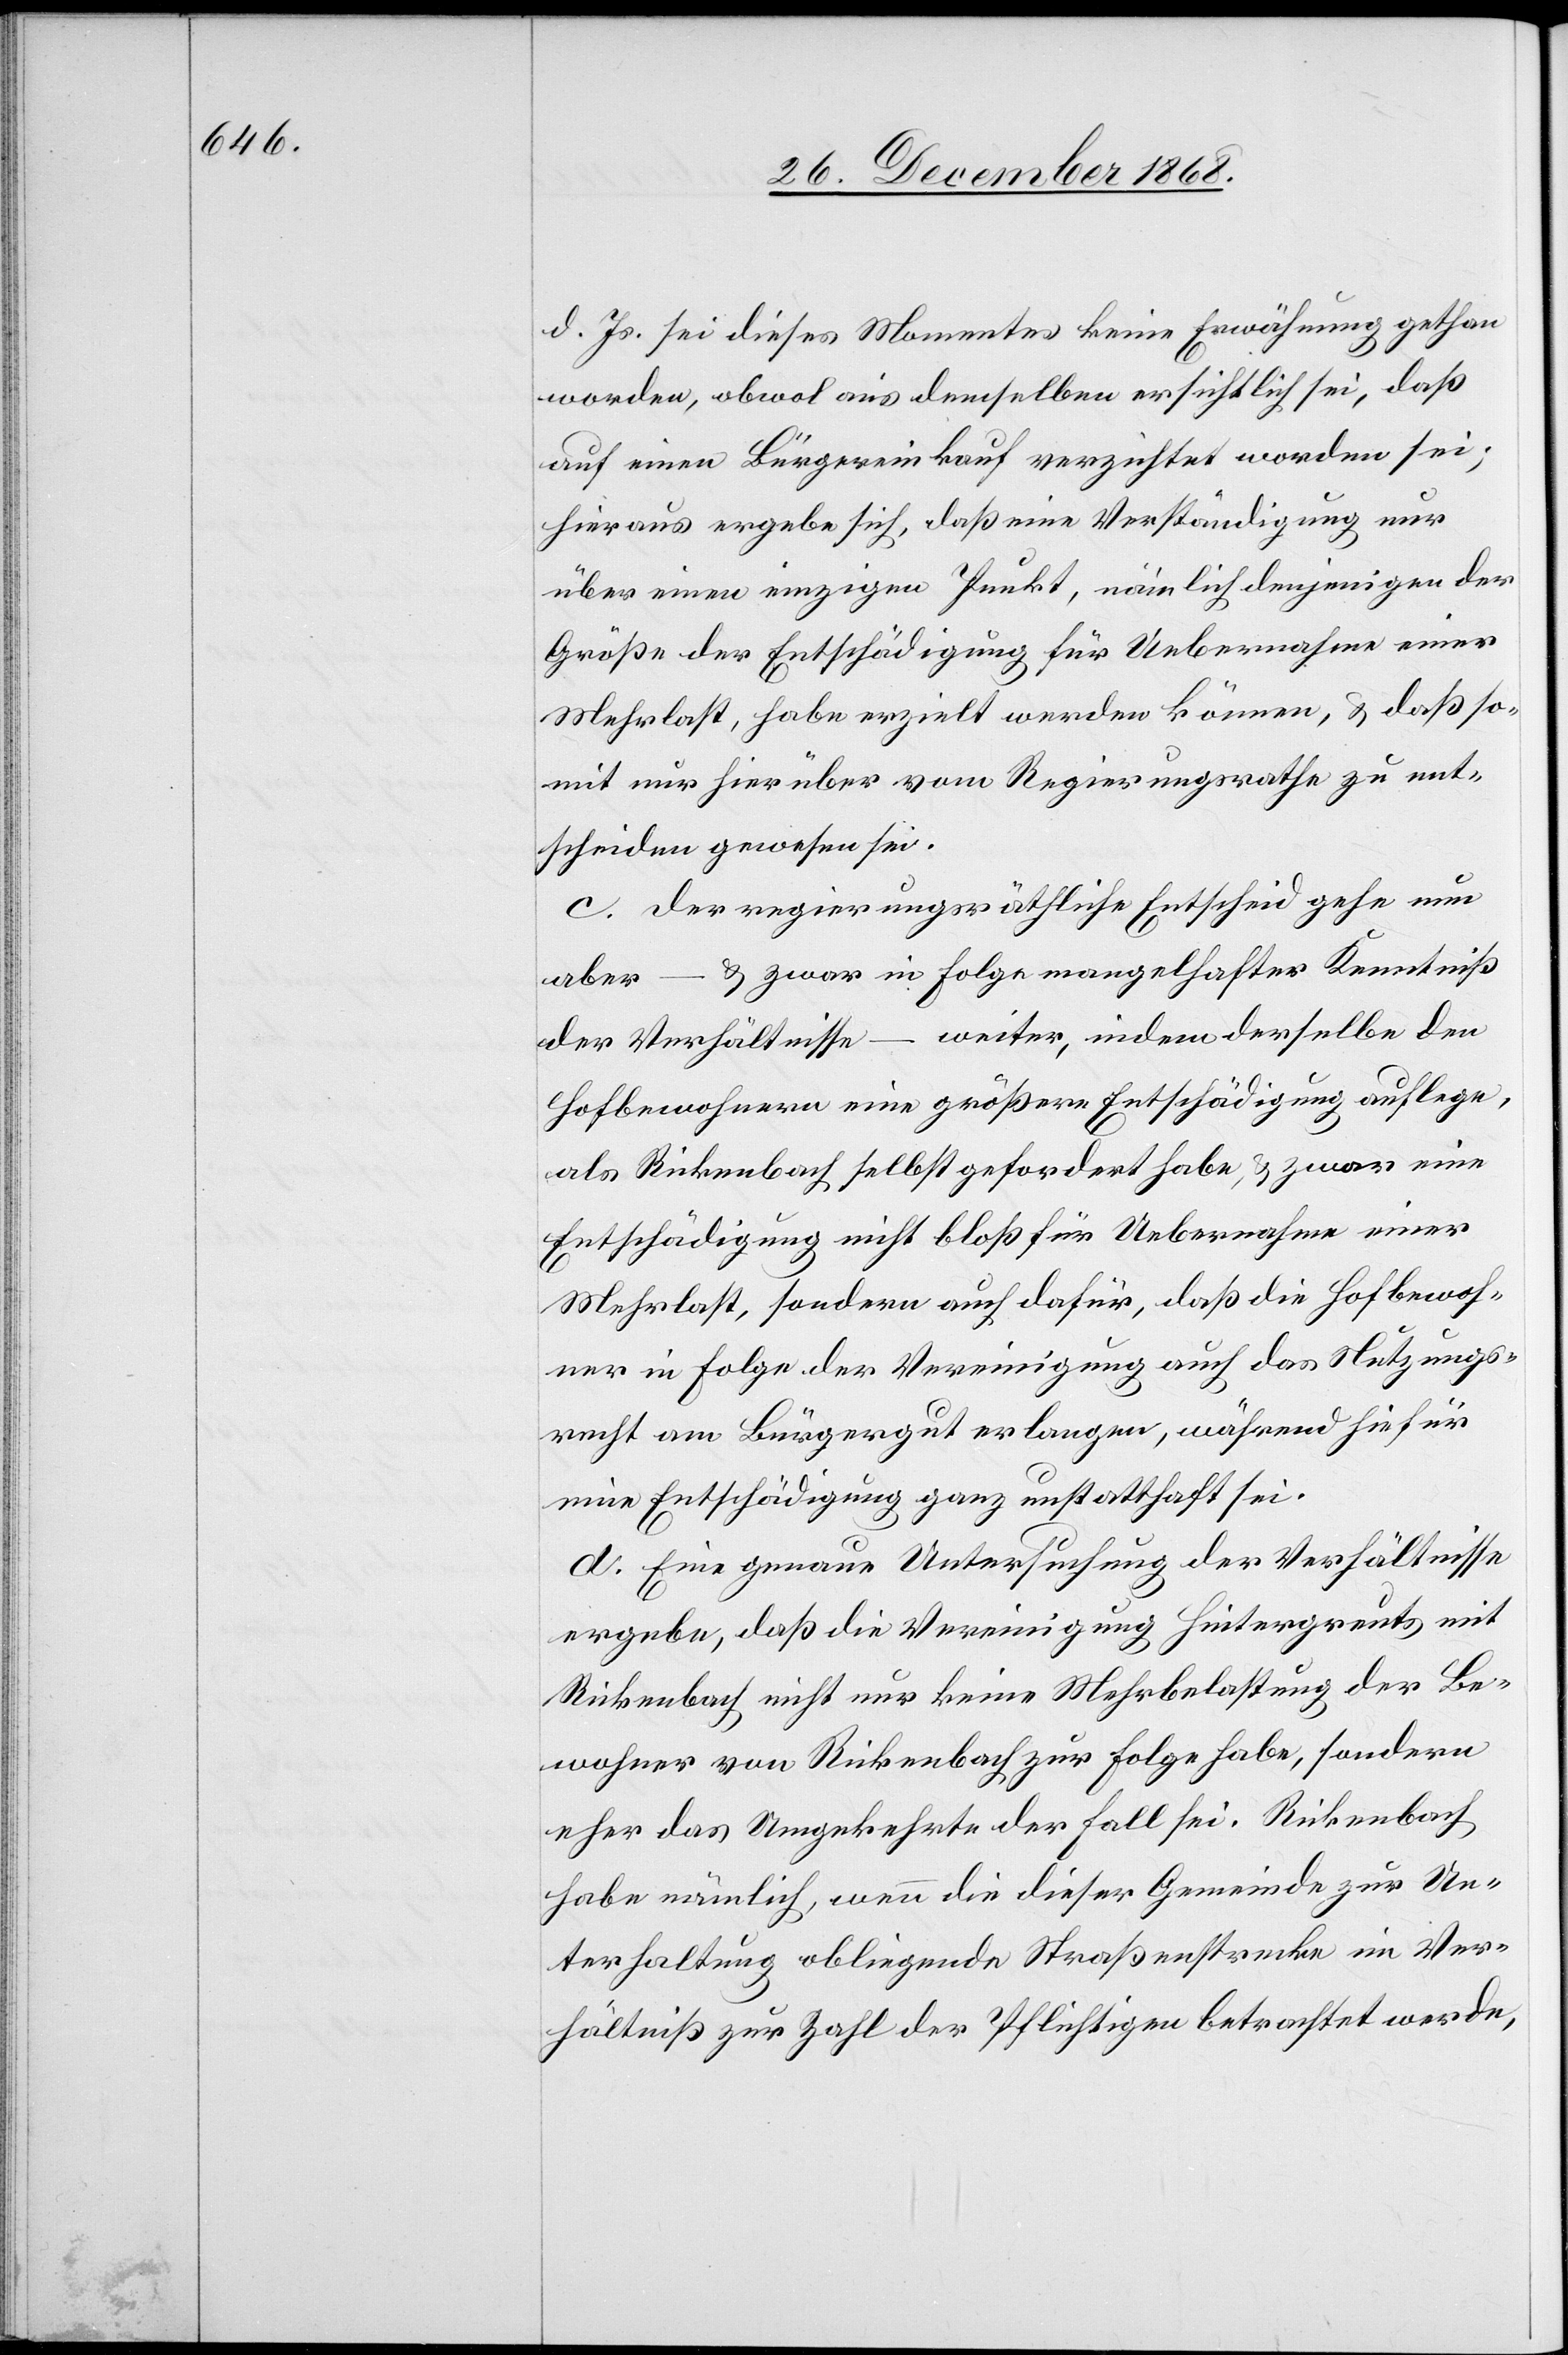
d. Js. sei dieses Momentes keine Erwähnung gethan
worden, obwol aus demselben ersichtlich sei, daß
auf einen Bürgereinkauf verzichtet worden sei;
hieraus ergebe sich, daß eine Verständigung nur
über einen einzigen Punkt, nämlich denjenigen der
Größe der Entschädigung für Uebernahme einer
Mehrlast, habe erzielt werden können, & daß so¬
mit nur hierüber vom Regierungsrathe zu ent¬
scheiden gewesen sei.
c. Der regierungsräthliche Entscheid gehe nun
aber – & zwar in Folge mangelhafter Kenntniß
der Verhältnisse – weiter, indem derselbe den
Hofbewohnern eine größere Entschädigung auflege,
als Rickenbach selbst gefordert habe, & zwar eine
Entschädigung nicht bloß für Uebernahme einer
Mehrlast, sondern auch dafür, daß die Hofbewoh¬
ner in Folge der Vereinigung auch das Nutzungs¬
recht am Bürgergut erlangen, während hiefür
eine Entschädigung ganz unstatthaft sei.
d. Eine genaue Untersuchung der Verhältnisse
ergebe, daß die Vereinigung Hintergreuts mit
Rickenbach nicht nur keine Mehrbelastung der Be¬
wohner von Rickenbach zur Folge habe, sondern
eher das Umgekehrte der Fall sei. Rickenbach
habe nämlich, wenn die dieser Gemeinde zur Un¬
terhaltung obliegende Straßenstrecke im Ver¬
hältniß zur Zahl der Pflichtigen betrachtet werde,